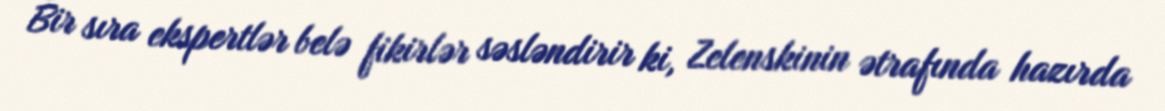
Bir sıra ekspertlər belə fikirlər səsləndirir ki, Zelenskinin ətrafında hazırda